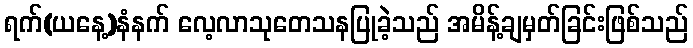
ရက်(ယနေ့)နံနက် လေ့လာသုတေသနပြုခဲ့သည် အမိန့်ချမှတ်ခြင်းဖြစ်သည်